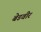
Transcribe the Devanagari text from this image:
बेडवीर